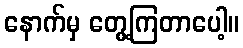
နောက်မှ တွေ့ကြတာပေါ့။